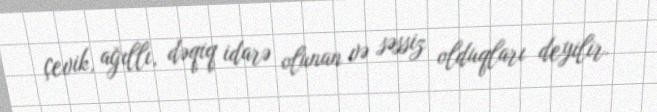
çevik, ağıllı, dəqiq idarə olunan və səssiz olduqları deyilir.